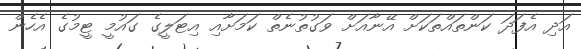
އަދި އެފަދަ ކަންތައްތަކަށް އޭނާއަށް ވަގުތުނެތް ކަމަށާއި އިޓަލީގެ ގައުމީ ޓީމުގެ އެހެން